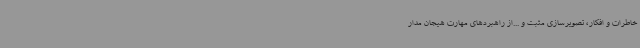
خاطرات و افکار، تصویرسازی مثبت و ...از راهبردهای مهارت هیجان مدار